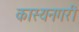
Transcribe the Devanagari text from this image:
कास्यनगरी